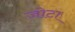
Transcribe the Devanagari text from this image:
जोटा